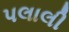
પલાલી